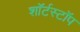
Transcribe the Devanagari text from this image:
शॉर्टस्टॉप